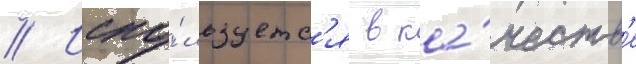
// Испо́льзуетс'я в ка́честв'е